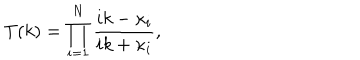
T ( k ) = \prod _ { i = 1 } ^ { N } { \frac { i k - \kappa _ { i } } { i k + \kappa _ { i } } } ,